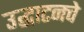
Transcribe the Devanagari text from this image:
उद्घाटनचे